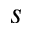
s